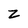
Character: z